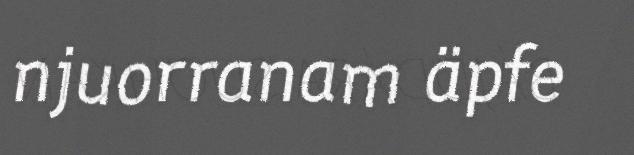
njuorranam äpfe